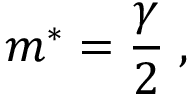
m \sp * = { \frac { \gamma } { 2 } } \; ,